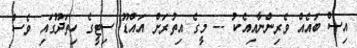
އިސް ބައެއް ވެރިންނާއިއެކު -- މީގެ އިތުރަށް އައްޑޫ ސިޓީގެ ހިތަދޫގައި ވެސް